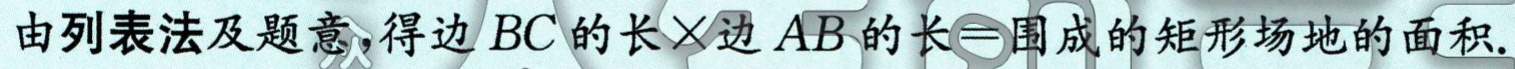
由列表法及题意，得边\(BC\)的长\(\times\)边\(AB\)的长\(=\)围成的矩形场地的面积.